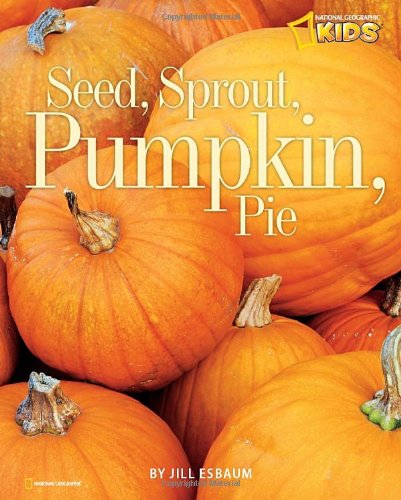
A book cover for Seed, Sprout, Pumpkin, Pie (Picture the Seasons); Jill Esbaum; Children's Books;